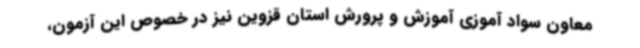
معاون سواد آموزی آموزش و پرورش استان قزوین نیز در خصوص این آزمون،